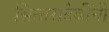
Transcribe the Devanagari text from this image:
सितारादेवींनी